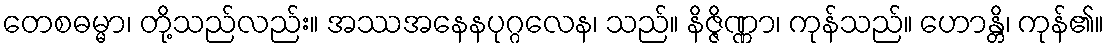
တေစဓမ္မာ၊ တို့သည်လည်း။ အဿအနေနပုဂ္ဂလေန၊ သည်။ နိဇ္ဇိဏ္ဏာ၊ ကုန်သည်။ ဟောန္တိ၊ ကုန်၏။